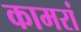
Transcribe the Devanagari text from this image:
कामरां